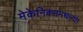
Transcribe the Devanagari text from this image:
मेकेनिक्समधल्या